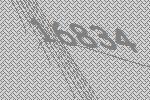
16834